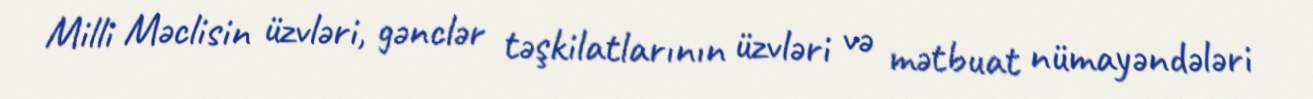
Milli Məclisin üzvləri, gənclər təşkilatlarının üzvləri və mətbuat nümayəndələri